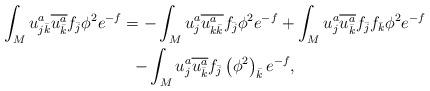
LaTeX: \begin{gather*}\int_{M}u_{j\bar{k}}^{a}\overline{u_{\bar{k}}^{a}}f_{\bar{j}}\phi^{2}e^{-f}=-\int_{M}u_{j}^{a}\overline{u_{k\bar{k}}^{a}}f_{\bar{j}}\phi^{2}e^{-f}+\int_{M}u_{j}^{a}\overline{u_{\bar{k}}^{a}}f_{\bar{j}}f_{\bar{k}}\phi ^{2}e^{-f} \\-\int_{M}u_{j}^{a}\overline{u_{\bar{k}}^{a}}f_{\bar{j}}\left( \phi^{2}\right) _{\bar{k}}e^{-f},\end{gather*}